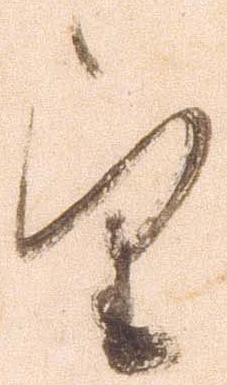
望